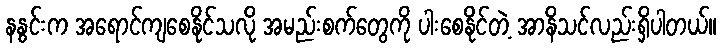
နနွင်းက အရောင်ကျစေနိုင်သလို အမည်းစက်တွေကို ပါးစေနိုင်တဲ့ အာနိသင်လည်းရှိပါတယ်။